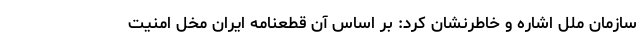
سازمان ملل اشاره و خاطرنشان کرد: بر اساس آن قطعنامه ایران مخل امنیت